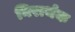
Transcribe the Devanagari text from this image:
निरार्थक